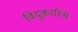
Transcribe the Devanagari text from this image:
विदुकास्थि